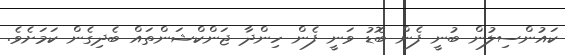
ކައުންސިލުން ބުނީ ފެން ބޮޑު ވަނީ ފެން ހިންދާ ޖަންކްޝަންތައް ބެދިގެން ކަމަށެވެ.